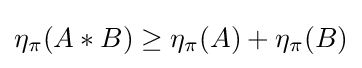
\eta _{\pi }(A*B)\geq \eta _{\pi }(A)+\eta _{\pi }(B)